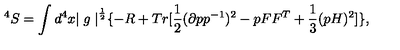
^ 4 S = \int d ^ { 4 } x { \mid g \mid } ^ { \frac { 1 } { 2 } } \{ - R + T r [ \frac { 1 } { 2 } ( \partial p p ^ { - 1 } ) ^ { 2 } - p F F ^ { T } + \frac { 1 } { 3 } ( p H ) ^ { 2 } ] \} ,